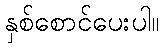
နှစ်စောင်ပေးပါ။